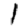
Digit: 1